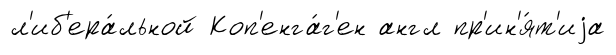
л'иб'ера́льной Коп'енга́г'ен англ пр'ин'я́т'иjа